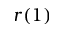
r ( 1 )